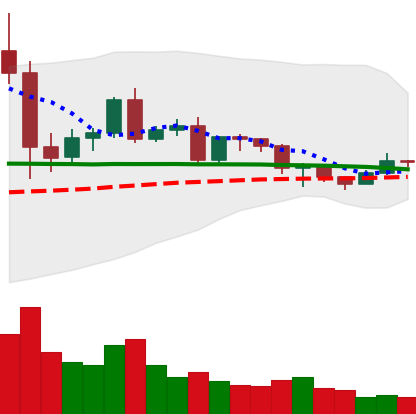
Ticker: EOS-USD
Chart end date: 2020-12-14
Forward return: 7.622%
Label: up_7plus